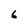
Character: 6